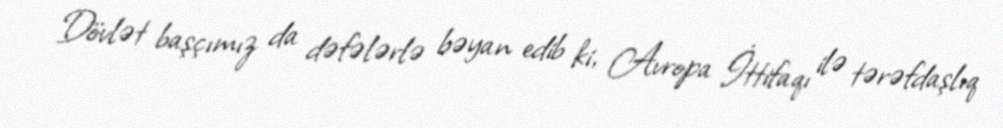
Dövlət başçımız da dəfələrlə bəyan edib ki, Avropa İttifaqı ilə tərəfdaşlıq